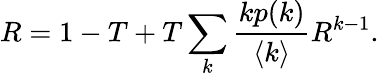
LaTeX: R=1-T+T\sum_{k}\frac{kp(k)}{\langle k\rangle}R^{k-1}.